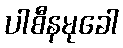
ပါစီနမုခေါ